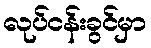
လုပ်ငန်းခွင်မှာ